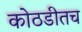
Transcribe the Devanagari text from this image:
कोठडीतच